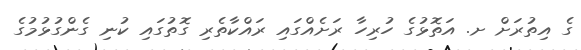
ގެ އިތުރަށް ށ. އަތޮޅުގެ ހުރިހާ ރަށެއްގައި ރައްކާތެރި ގޮތުގައި ކުނި ގެންގުޅުމުގެ